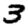
Digit: 3